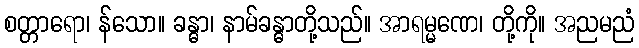
စတ္တာရော၊ န်သော။ ခန္ဓာ၊ နာမ်ခန္ဓာတို့သည်။ အာရမ္မဏေ၊ တို့ကို။ အညမညံ